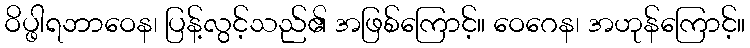
ဝိပ္ဖါရဘာဝေန၊ ပြန့်လွင့်သည်၏ အဖြစ်ကြောင့်။ ဝေဂေန၊ အဟုန်ကြောင့်။